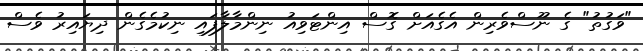
"ވަގުތު" ގެ ނޫސްވެރިން އެގެއަށް ގޮސް އިންޓަވިއު ނިންމާލާފައި ނިކުމެގެން ދިޔައިރު ވެސް